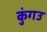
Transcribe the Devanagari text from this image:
कुंगउ